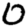
Digit: 0